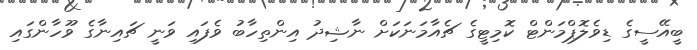
ބީއޭސީގެ ޑިވެލޮޕްމަންޓް ކޮމިޓީގެ ޗެއާމަނަކަށް ނާޝިދު އިންތިހާބު ވެފައި ވަނީ ޗައިނާގެ ވޫހާންގައި